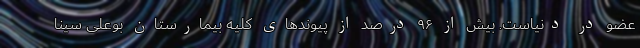
عضو در دنیاست. بیش از ۹۶ درصد از پیوندهای کلیه بیمارستان بوعلی سینا